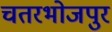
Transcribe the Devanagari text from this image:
चतरभोजपुर